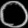
Digit: ၀